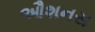
ઔશનસ